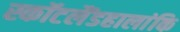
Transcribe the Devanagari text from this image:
स्कॉटलैंडहालांकि